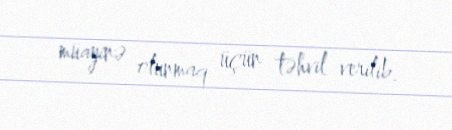
müayinə olunmaq üçün təhvil verilib.